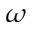
\omega